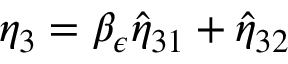
\eta _ { 3 } = \beta _ { \epsilon } \hat { \eta } _ { 3 1 } + \hat { \eta } _ { 3 2 }